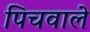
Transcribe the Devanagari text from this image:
पिचवाले